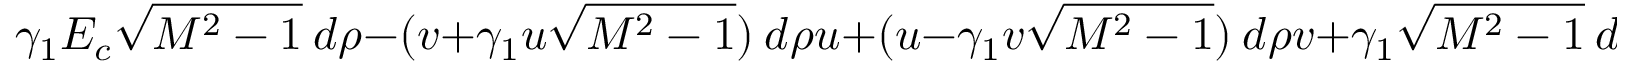
\gamma _ { 1 } E _ { c } \sqrt { M ^ { 2 } - 1 } ~ d \rho - ( v + \gamma _ { 1 } u \sqrt { M ^ { 2 } - 1 } ) ~ d \rho u + ( u - \gamma _ { 1 } v \sqrt { M ^ { 2 } - 1 } ) ~ d \rho v + \gamma _ { 1 } \sqrt { M ^ { 2 } - 1 } ~ d \rho E = 0 .